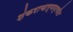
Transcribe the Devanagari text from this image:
शंकराचार्यप्रणीत